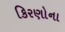
કિરણોના